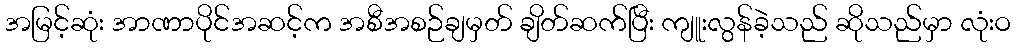
အမြင့်ဆုံး အာဏာပိုင်အဆင့်က အစီအစဉ်ချမှတ် ချိတ်ဆက်ပြီး ကျူးလွန်ခဲ့သည် ဆိုသည်မှာ လုံးဝ